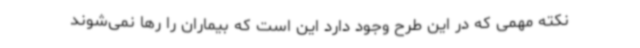
نکته مهمی که در این طرح وجود دارد این است که بیماران را رها نمی‌شوند